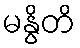
မနွိတိ